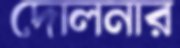
দোলনার